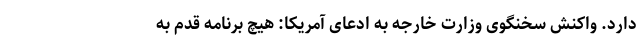
دارد. واکنش سخنگوی وزارت خارجه به ادعای آمریکا: هیچ برنامه قدم به